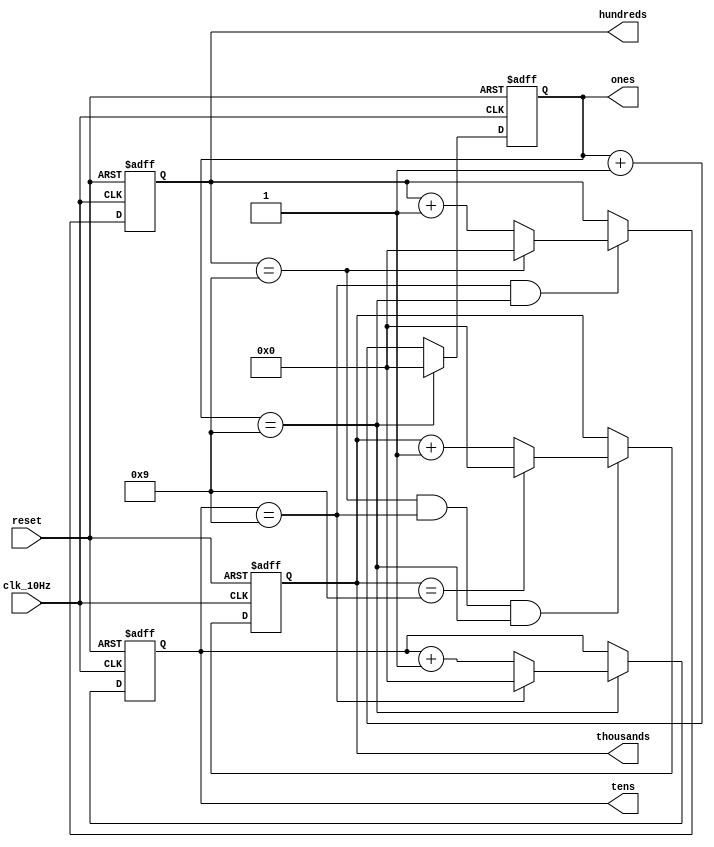
// This program was cloned from: https://github.com/FPGADude/Digital-Design
// License: GNU General Public License v3.0

`timescale 1ns / 1ps

module digits(
    input clk_10Hz,
    input reset,
    output reg [3:0] ones,
    output reg [3:0] tens,
    output reg [3:0] hundreds,
    output reg [3:0] thousands
    );
    
    // ones reg control
    always @(posedge clk_10Hz or posedge reset)
        if(reset)
            ones <= 0;
        else
            if(ones == 9)
                ones <= 0;
            else
                ones <= ones + 1;
         
    // tens reg control       
    always @(posedge clk_10Hz or posedge reset)
        if(reset)
            tens <= 0;
        else
            if(ones == 9)
                if(tens == 9)
                    tens <= 0;
                else
                    tens <= tens + 1;
      
    // hundreds reg control              
    always @(posedge clk_10Hz or posedge reset)
        if(reset)
            hundreds <= 0;
        else
            if(tens == 9 && ones == 9)
                if(hundreds == 9)
                    hundreds <= 0;
                else
                    hundreds <= hundreds + 1;
     
    // thousands reg control                
    always @(posedge clk_10Hz or posedge reset)
        if(reset)
            thousands <= 0;
        else
            if(hundreds == 9 && tens == 9 && ones == 9)
                if(thousands == 9)
                    thousands <= 0;
                else
                    thousands <= thousands + 1;
  
endmodule